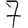
Digit: 7